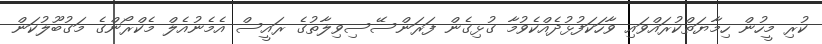
ކުރި މީހުން ހިމާޔަތްކުރައްވައި ވާހަކަފުޅުދެއްކެވުމާ ގުޅިގެން ފަރަންސޭސިވިލާތުގެ ރައީސް އެމެނުއެލް މެކްރޯންގެ މަގުބޫލުކަން